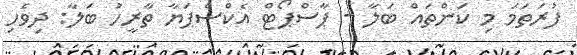
ފުރަތަމަ މި ކަންތައް ބަލާ - ޕާސްޕޯޓް އެކްސްޕަޔާ ތާރީހު ބަލާ: ދިވެހި